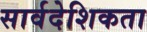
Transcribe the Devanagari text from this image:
सार्वदेशिकता